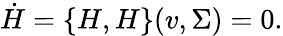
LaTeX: \dot{H}=\{ H,H\} (v,\Sigma)=0.